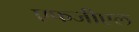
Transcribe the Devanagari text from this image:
एफजीएल